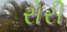
રોરી